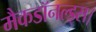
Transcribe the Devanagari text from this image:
मैकडॉनल्ड्स।